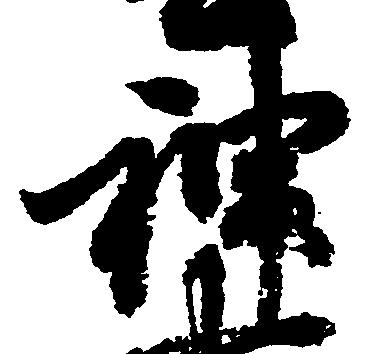
神